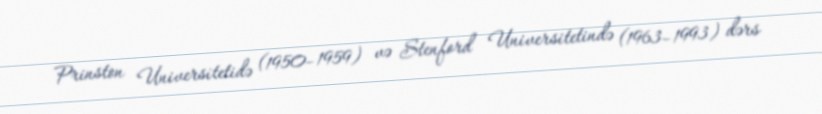
Prinston Universitetidə (1950–1959) və Stenford Universitetində (1963–1993) dərs